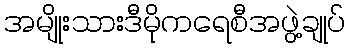
အမျိုးသားဒီမိုကရေစီအဖွဲ့ချုပ်